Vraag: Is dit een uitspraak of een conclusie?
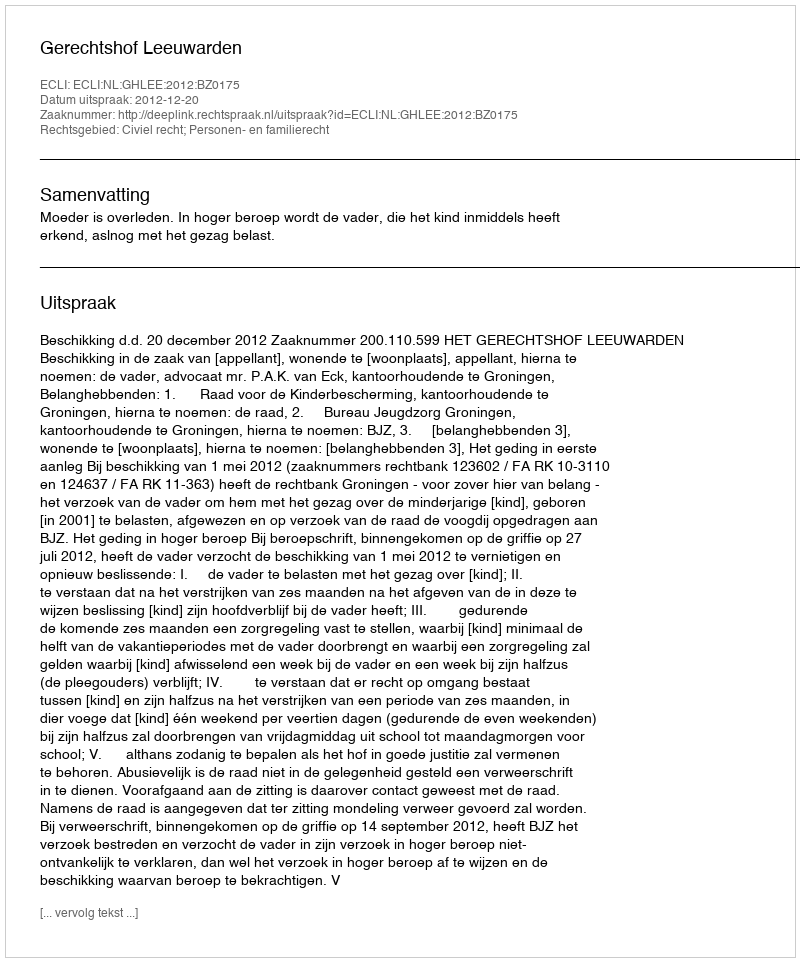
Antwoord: Uitspraak